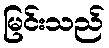
မြင်းသည်